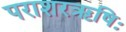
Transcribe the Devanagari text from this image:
पराशरऋषिः